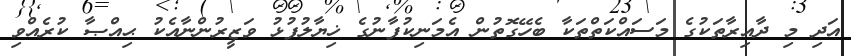
އަދި މި ދާއިރާތަކުގެ މަސައްކަތްތަކާ ބެހޭގޮތުން އެމަނިކުފާނުގެ ޚިޔާލުފުޅު ވަޒީރުންނާއެކު ޙިއްޞާ ކުރެއްވި